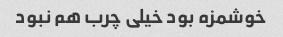
خوشمزه بود خیلی چرب هم نبود